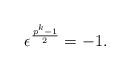
LaTeX: \begin{align*} \epsilon^{\frac{p^k-1}{2}}=-1. \end{align*}